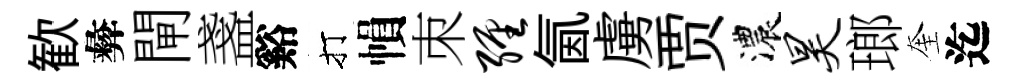
歓彜閘盞谿打𢄙朿缠氤虜贾濃昊瑯奎迄